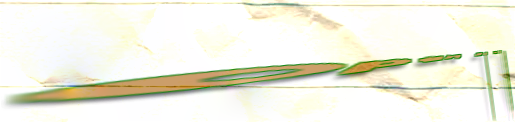
Open 24 Hours